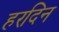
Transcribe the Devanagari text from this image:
हरदिन